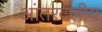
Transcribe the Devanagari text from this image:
आंतरदलीय